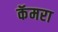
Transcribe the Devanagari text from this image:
कॅमरा